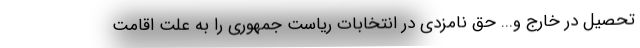
تحصيل در خارج و... حق نامزدى در انتخابات رياست جمهورى را به علت اقامت